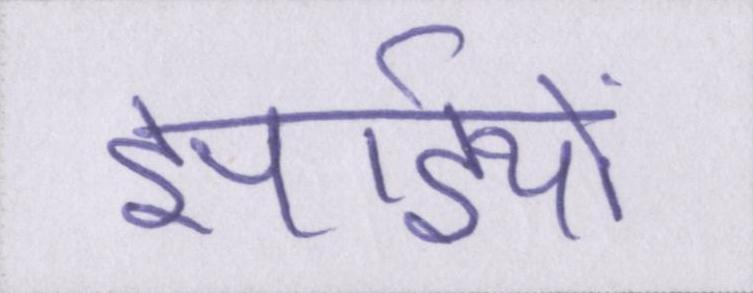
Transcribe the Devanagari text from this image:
झाईयों